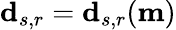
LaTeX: \mathbf{d}_{s,r}=\mathbf{d}_{s,r}(\mathbf{m})